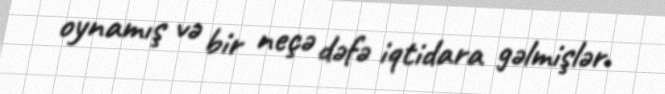
oynamış və bir neçə dəfə iqtidara gəlmişlər.